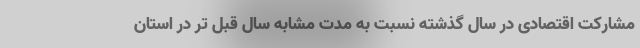
مشارکت اقتصادی در سال گذشته نسبت به مدت مشابه سال قبل تر در استان